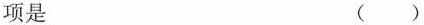
项是 ( )